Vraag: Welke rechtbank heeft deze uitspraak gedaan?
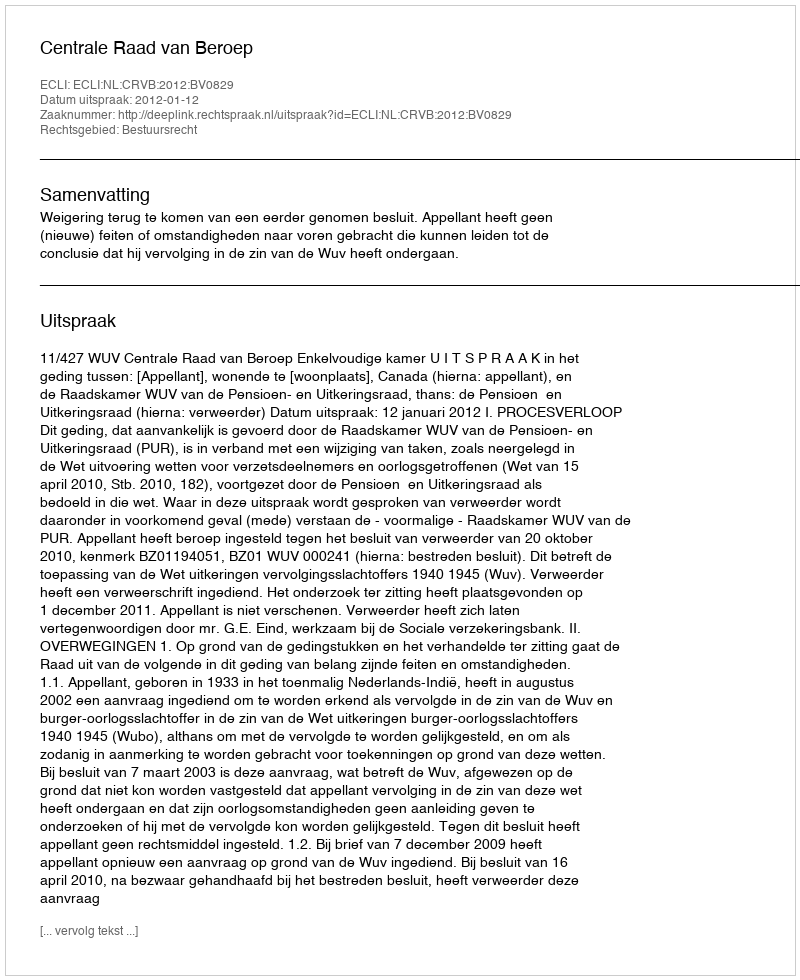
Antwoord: Centrale Raad van Beroep